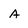
Character: a